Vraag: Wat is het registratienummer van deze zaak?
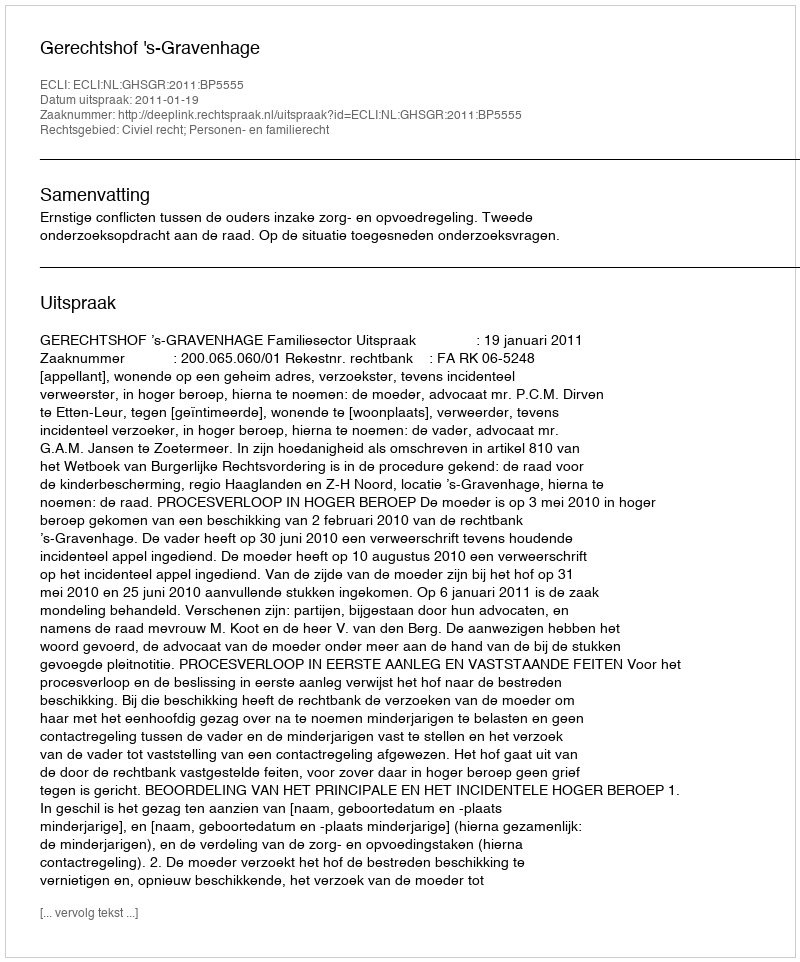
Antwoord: http://deeplink.rechtspraak.nl/uitspraak?id=ECLI:NL:GHSGR:2011:BP5555